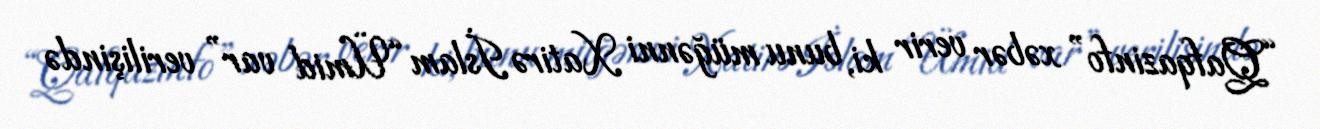
“Qafqazinfo” xəbər verir ki, bunu müğənni Xatirə İslam “Ümid var” verilişində